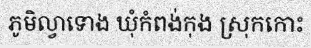
ភូមិល្វាទោង ឃុំកំពង់កុង ស្រុកកោះ